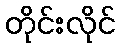
တိုင်းလိုင်